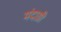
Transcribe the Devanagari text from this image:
मंदाग्नी